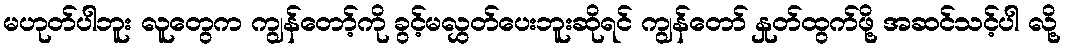
မဟုတ်ပါဘူး လူတွေက ကျွန်တော့်ကို ခွင့်မလွှတ်ပေးဘူးဆိုရင် ကျွန်တော် နှုတ်ထွက်ဖို့ အဆင်သင့်ပါ လို့